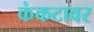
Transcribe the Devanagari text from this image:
कंकटावर